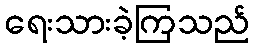
ရေးသားခဲ့ကြသည်